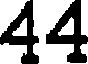
44